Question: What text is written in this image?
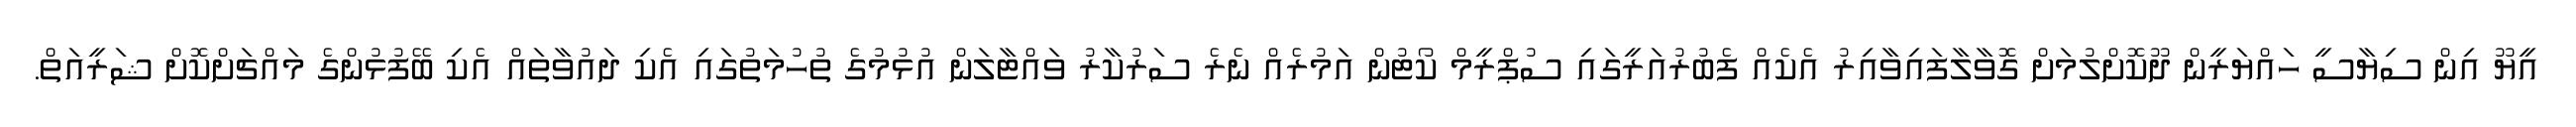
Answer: އީޔޫ އިން ސިޔާސީ ހައްޔަރީން ދޫކޮށްލުމަށް ގޮވާލާފައިވާއިރު އެކެއް ފެބުރުއަރީގައި ސުޕްރީމް ކޯޓުން އަމުރެއް ނެރެ ސަރުކާރު ވައްޓާލަން އުޅުމުގެ ތުހުމަތުގައި އެކި ދައުވާތައް އެކި ބޭފުޅުންގެ މައްޗަށްކޮށް ޝަރީއަތް.